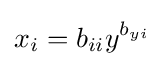
x_{i}=b_{ii}y^{b_{yi}}